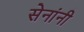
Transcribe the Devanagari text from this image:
सेनांनी